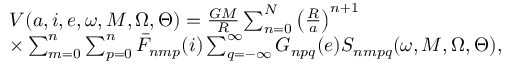
\begin{array} { r l } & { V ( a , i , e , \omega , M , \Omega , \Theta ) = \frac { G M } { R } \sum _ { n = 0 } ^ { N } \left( \frac { R } { a } \right) ^ { n + 1 } } \\ & { \times \sum _ { m = 0 } ^ { n } \sum _ { p = 0 } ^ { n } \bar { F } _ { n m p } ( i ) \sum _ { q = - \infty } ^ { \infty } G _ { n p q } ( e ) S _ { n m p q } ( \omega , M , \Omega , \Theta ) , } \end{array}